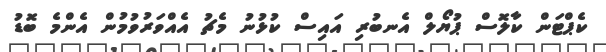
ކެޕްޓަން ކާލޮސް ޕުޔޯލް އެނބުރި އައިސް ކުޅުނު މެޗު އެއްވަރުވުމުން އެންމެ ބޮޑު